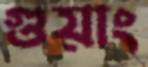
গুয়াং